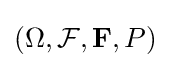
(\Omega ,{\mathcal {F}},\mathbf {F} ,P)